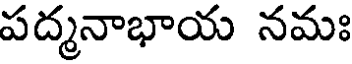
పద్మనాభాయ నమః